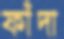
ফাঁদা